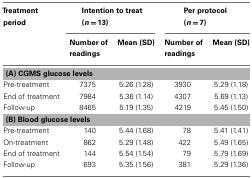
| Treatment period | <COLSPAN=2> Intention to treat (n = 13) | <COLSPAN=2> Per protocol (n = 7) |
 |  | Number of readings | Mean (SD) | Number of readings | Mean (SD) |
 | --- | --- | --- | --- | --- |
 | <COLSPAN=5> (A) CGMS glucose levels |
 | Pre-treatment | 7375 | 5.26 (1.28) | 3930 | 5.29 (1.18) |
 | End of treatment | 7984 | 5.36 (1.14) | 4307 | 5.69 (1.13) |
 | Follow-up | 8465 | 5.19 (1.35) | 4219 | 5.45 (1.50) |
 | <COLSPAN=5> (B) Blood glucose levels |
 | Pre-treatment | 140 | 5.44 (1.68) | 78 | 5.41 (1.41) |
 | On-treatment | 862 | 5.29 (1.48) | 422 | 5.49 (1.65) |
 | End of treatment | 144 | 5.54 (1.54) | 79 | 5.79 (1.69) |
 | Follow-up | 693 | 5.35 (1.56) | 381 | 5.29 (1.36) |